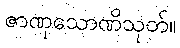
ဇာဏုသောဏိသုတ်။